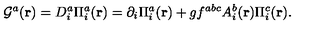
{ \cal G } ^ { a } ( { \bf r } ) = D _ { i } ^ { a } \Pi _ { i } ^ { a } ( { \bf r } ) = \partial _ { i } \Pi _ { i } ^ { a } ( { \bf r } ) + g f ^ { a b c } A _ { i } ^ { b } ( { \bf r } ) \Pi _ { i } ^ { c } ( { \bf r } ) .